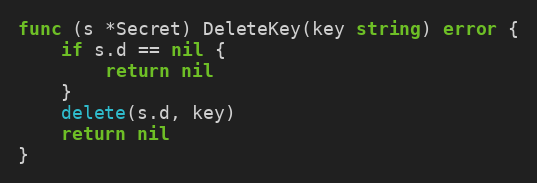
Language: Go
func (s *Secret) DeleteKey(key string) error {
	if s.d == nil {
		return nil
	}
	delete(s.d, key)
	return nil
}